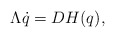
\begin{align*}\Lambda \dot q = DH(q),\end{align*}